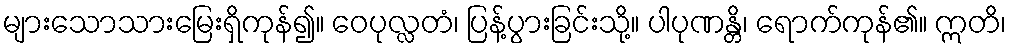
များသောသားမြေးရှိကုန်၍။ ဝေပုလ္လတံ၊ ပြန့်ပွားခြင်းသို့။ ပါပုဏန္တိ၊ ရောက်ကုန်၏။ ဣတိ၊